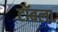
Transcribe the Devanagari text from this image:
टॉबला